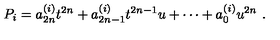
P _ { i } = a _ { 2 n } ^ { ( i ) } t ^ { 2 n } + a _ { 2 n - 1 } ^ { ( i ) } t ^ { 2 n - 1 } u + \cdots + a _ { 0 } ^ { ( i ) } u ^ { 2 n } \ .